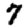
Digit: 7